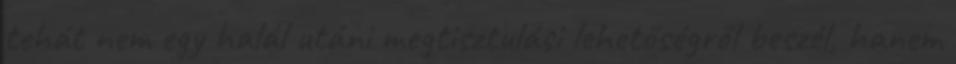
tehát nem egy halál utáni megtisztulási lehetőségről beszél, hanem